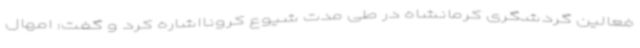
فعالین گردشگری کرمانشاه در طی مدت شیوع کرونااشاره کرد و گفت: امهال